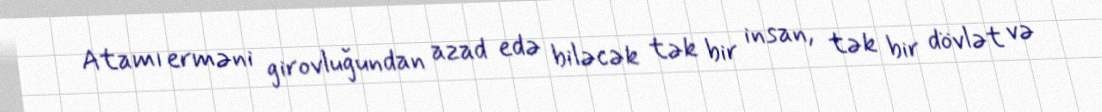
Atamı erməni girovluğundan azad edə biləcək tək bir insan, tək bir dövlət və